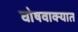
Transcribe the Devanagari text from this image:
घोषवाक्यात